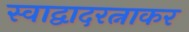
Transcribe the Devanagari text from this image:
स्वाद्वादरत्नाकर